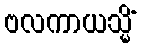
ဗလကာယသ္မိံ